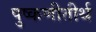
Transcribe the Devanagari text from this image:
पुष्कणीतीर्थ